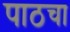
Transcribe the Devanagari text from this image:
पाठचा